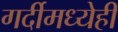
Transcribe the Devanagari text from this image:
गर्दीमध्येही